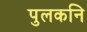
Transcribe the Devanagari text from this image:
पुलकनि